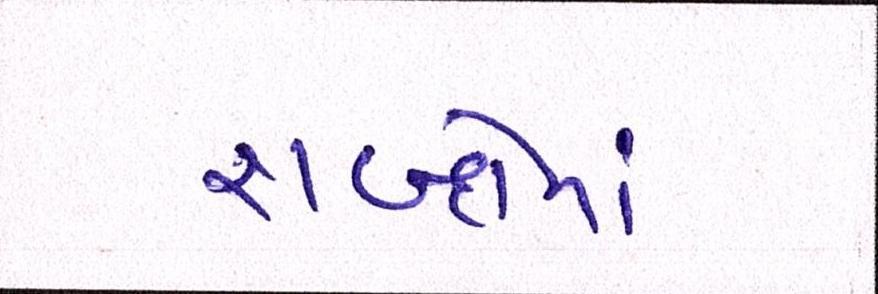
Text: શબ્દોમાં